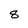
Character: 8